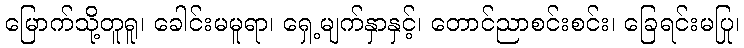
မြောက်သို့တူရူ၊ ခေါင်းမမူရာ၊ ရှေ့မျက်နှာနှင့်၊ တောင်ညာစင်းစင်း၊ ခြေရင်းမပြု၊